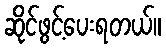
ဆိုင်ဖွင့်ပေးရတယ်။